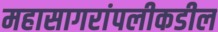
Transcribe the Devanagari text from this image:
महासागरांपलीकडील